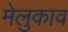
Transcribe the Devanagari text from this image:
मेलुकाव